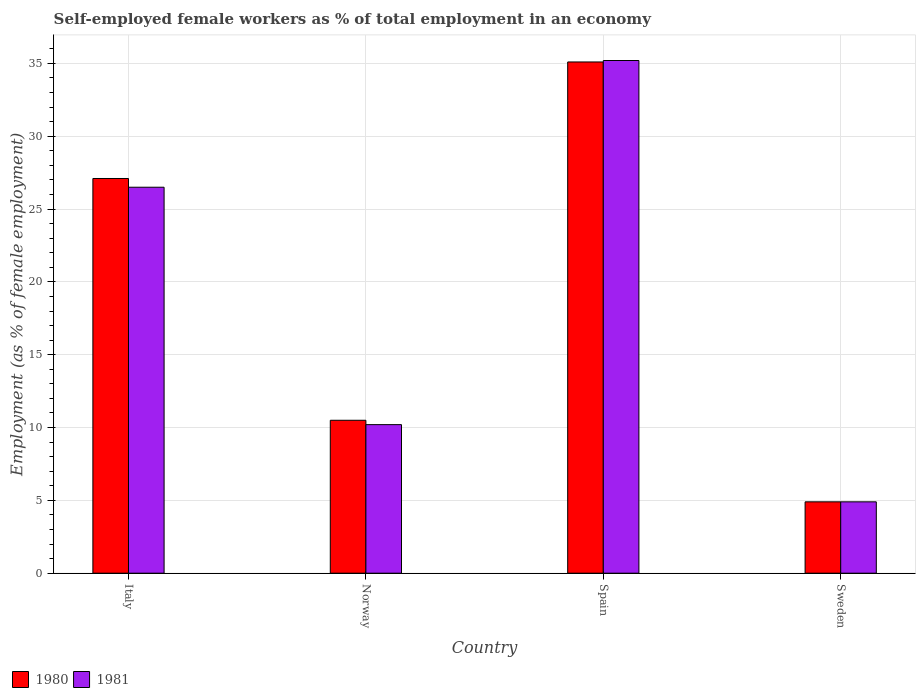
| Country | 1980 | 1981 |
 | --- | --- | --- |
 | Italy | 27.1 | 26.5 |
 | Norway | 10.5 | 10.2 |
 | Spain | 35.1 | 35.2 |
 | Sweden | 4.9 | 4.9 |